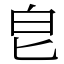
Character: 皀